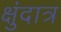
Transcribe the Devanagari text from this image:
क्षुंदात्र